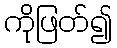
ကိုဖြတ်၍